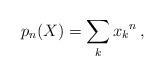
LaTeX: \begin{align*}p_n(X) =\sum_{k} x_k{}^n\,, \end{align*}